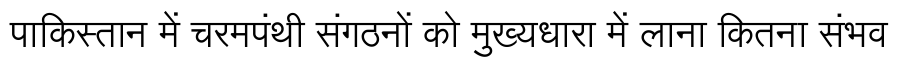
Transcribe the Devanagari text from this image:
पाकिस्तान में चरमपंथी संगठनों को मुख्यधारा में लाना कितना संभव